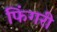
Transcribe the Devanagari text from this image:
फिंगरी